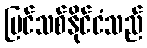
ပြင်သစ်နိုင်ငံသည်